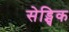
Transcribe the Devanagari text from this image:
सेड्ग्विक